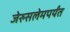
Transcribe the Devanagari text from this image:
जेरुसलेमपर्यंत